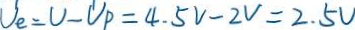
U _ { e } = U - U _ { P } = 4 . 5 V - 2 V = 2 . 5 V